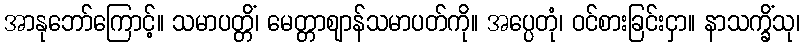
အာနုဘော်ကြောင့်။ သမာပတ္တိံ၊ မေတ္တာဈာန်သမာပတ်ကို။ အပ္ပေတုံ၊ ဝင်စားခြင်းငှာ။ နာသက္ခိံသု၊